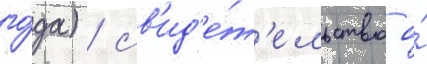
го́да) / св'ид'е́т'ельство о́